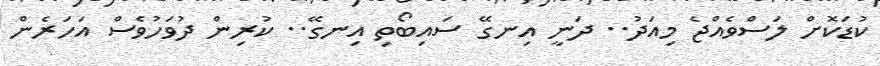
ކުޑަކޮށް ލަސްވެއްޖެ މިއަދު.. ދަނީ އިނގޭ ސައިބޯތި އިނގޭ.. ކުރިން ދުވަހުވެސް އަަހަރެން